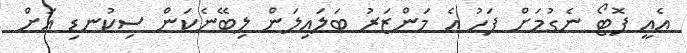
އެއީ ފޮޓޯ ނެގުމަށް ފަހު އެ މަންޒަރު ބަލައިލަން ލިބޭނެކަން ސިކުނޑި އަށް